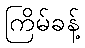
ကြိမ်ခန့်